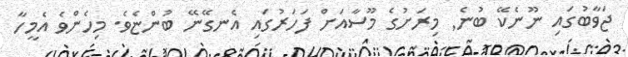
ޖަވާބުގައި ނޫނެކޭ ބުނެ